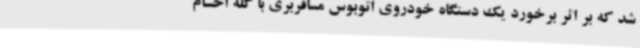
شد که بر اثر برخورد یک دستگاه خودروی اتوبوس مسافربری با گله احشام